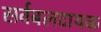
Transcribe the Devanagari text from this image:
सर्वबलदायक